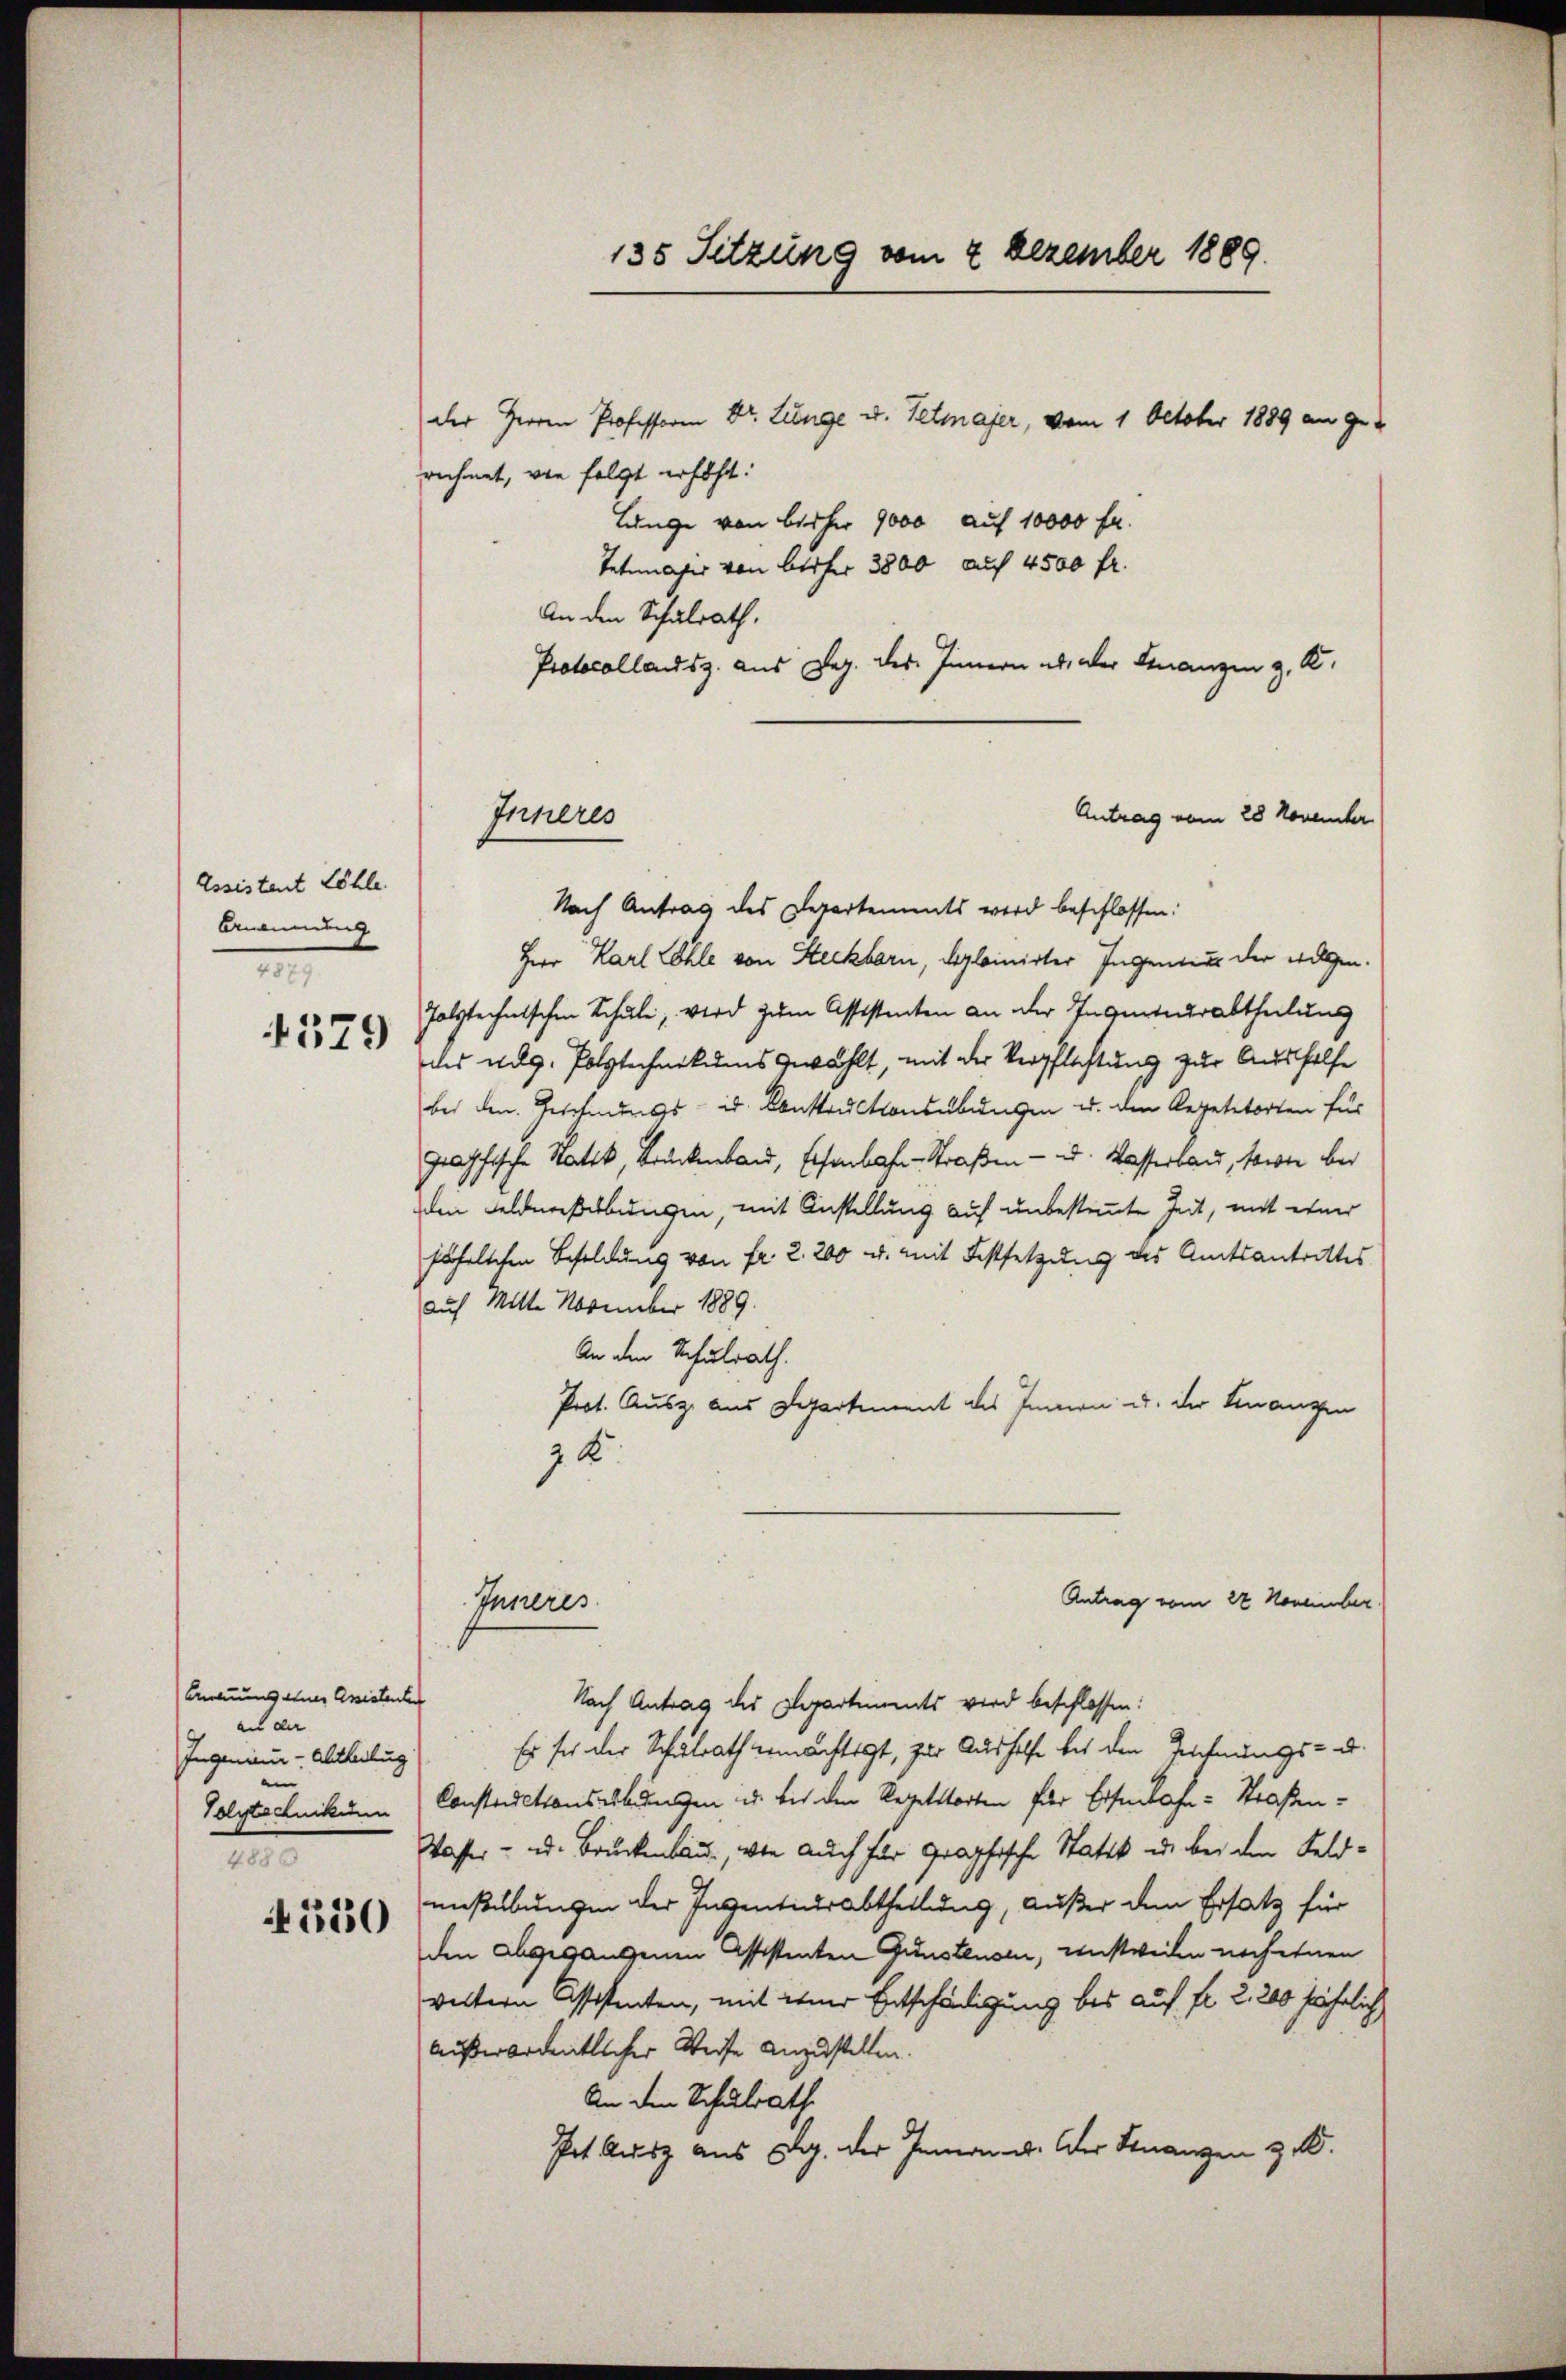
Assistent Löhle.
Anonung
2

579

Ernennung einer Assistenten
an der
Ingenieur-Abtheilug
e
Polytechnikiuum
1

4550

länge von bisher 9000 auf 10000 Fr.
Tetelcher von besser 3800 auch 4500 fr.
An den Schulrath.
Protocollandsz. aus Dez. des Innern ab, der Finanzen z. K.
Antrag vom 28 November
Nach Antrag des Departements wird beschlossen:
Herr Karl Löhle von Steckbarn, deplainirter Ingenden der wolgen
Polytechnischen Schule, wird zum Assistenten an der Ingenturabtheilung
des Aug. Polytechnikums gewählt, mit der Verpflichtung zur Aushelfe
bei den Zeichnungs- u. Konstructionsübungen u. den Repetetorten für
graphische Natik, Brückenbau, Eisenbahn-Straßen- u. Wasserbau, sowie bei
den Feldersebungen, mit Anstellung auf unbestimmte Zeit, mit einer
fährlichen Besoldung von fr. 2. 200 u. mit Festsetzung des Amtsantrittes
auf Mitte November 1889.
An den Schulrath.
Prot. Ausz. aus Departement des Innern u. der Finanzen
7 K.
Antrag vom 22 November
Inneres
Nach Antrag des Departiments wird beschlossen:
Es sei der Schulrath ermächtigt, zur Aushelfe bis den Technungs- u.
Constructionsbedingen in des den Regelttorten für Eisenbahn-Straßen¬
Wasser - u. Brückenbau, wie auch für graphische Statik u. bei den Feldmißübungen der Ingentumsabtheilung, außer dem Ersatz für
den abgegangenen Assistenten Gunstenor, instweilen noch einen
weltern Assistenten, mit dener Entschädigung bis auf fr. 2. 200 jährlich
außerordentlicher Weise anzustellen.
An den Schulrath
Prt Ausz aus B. der Jemann. Der Finanzen z. B.

Inneres

135 Sitzung vom 2 Dezember 1889.
der Herren Professoren Dr. Lunge u. Tetmajer, vom 1. Oktober 1889 an gerechnet, wie folgt erhöht: